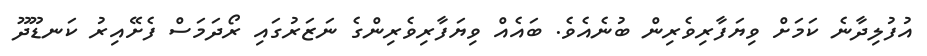
އުފުލިދާނެ ކަމަށް ވިޔަފާރިވެރިން ބުނެއެވެ. ބައެއް ވިޔަފާރިވެރިންގެ ނަޒަރުގައި ރޯދަމަސް ފެށޭއިރު ކަނޑޫދޫ